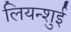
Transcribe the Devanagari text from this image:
लियन्शुई